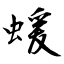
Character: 蝯